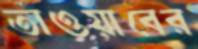
তাওয়াবের